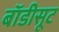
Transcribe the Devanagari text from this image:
बाॅडीसूट